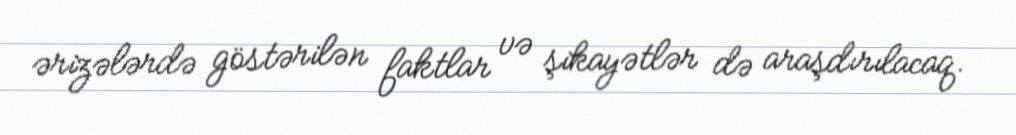
ərizələrdə göstərilən faktlar və şikayətlər də araşdırılacaq.